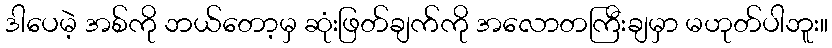
ဒါပေမဲ့ အစ်ကို ဘယ်တော့မှ ဆုံးဖြတ်ချက်ကို အလောတကြီးချမှာ မဟုတ်ပါဘူး။